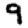
Digit: 9